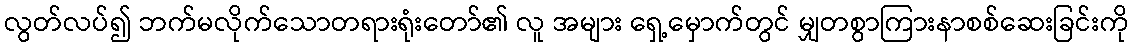
လွတ်လပ်၍ ဘက်မလိုက်သောတရားရုံးတော်၏ လူ အများ ရှေ့မှောက်တွင် မျှတစွာကြားနာစစ်ဆေးခြင်းကို